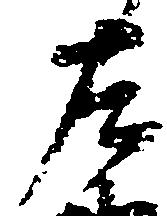
左